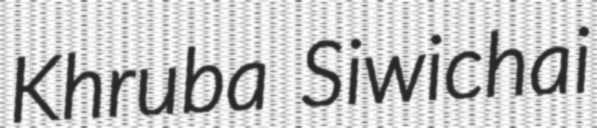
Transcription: Khruba Siwichai